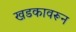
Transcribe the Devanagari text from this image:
खडकावरून